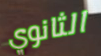
الثانوي